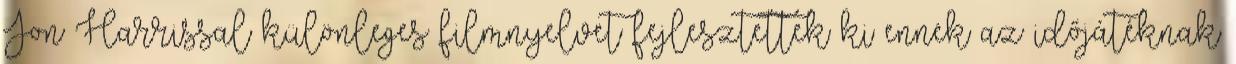
Jon Harrissal különleges filmnyelvet fejlesztettek ki ennek az időjátéknak